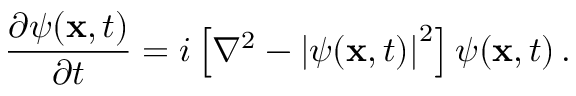
\frac { \partial \psi ( { \bf x } , t ) } { \partial t } = i \left[ \nabla ^ { 2 } - \left| \psi ( { \bf x } , t ) \right| ^ { 2 } \right] \psi ( { \bf x } , t ) \, .